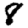
Digit: 8